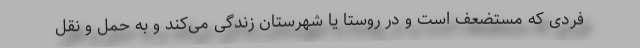
فردی که مستضعف است و در روستا یا شهرستان زندگی می‌کند و به حمل و نقل